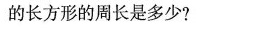
的长方形的周长是多少?